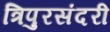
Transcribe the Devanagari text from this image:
त्रिपुरसंदरी